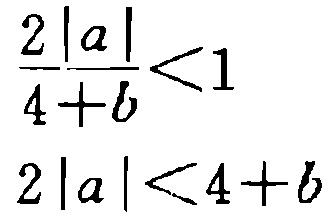
\[\frac{2|a|}{4 + b} < 1\]
\[2|a| < 4 + b\]